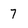
Character: 7